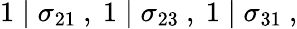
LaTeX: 1\mid\sigma_{21}~,~1\mid\sigma_{23}~,~1\mid\sigma_{31}~,